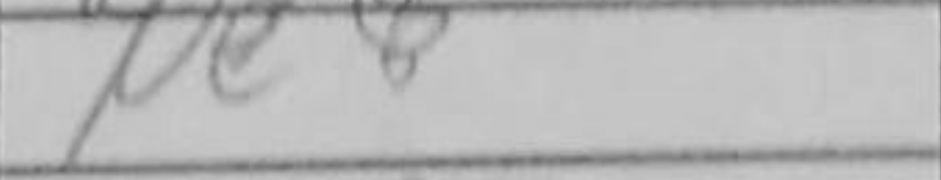
Transcription: Ne8